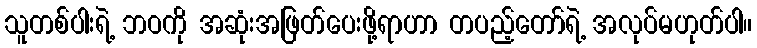
သူတစ်ပါးရဲ့ ဘဝကို အဆုံးအဖြတ်ပေးဖို့ရာဟာ တပည့်တော်ရဲ့ အလုပ်မဟုတ်ပါ။